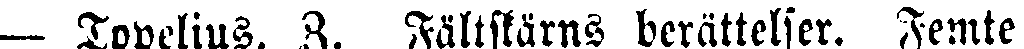
— Topclius, Z. Fältskärns berättelser. Femte